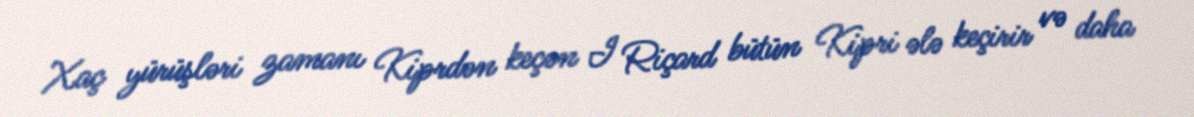
Xaç yürüşləri zamanı Kiprdən keçən I Riçard bütün Kipri ələ keçirir və daha